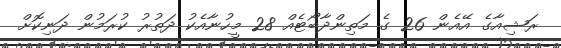
ރަޝިއާގެ އޭއެން 26 ގެ މަތިންދާބޯޓެއް 28 މީހުނާއެކު ދަތުރު ކުރަމުން ދަނިކޮށް